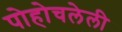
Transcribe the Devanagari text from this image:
पोहोचलेली